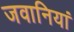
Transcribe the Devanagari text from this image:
जवानियां